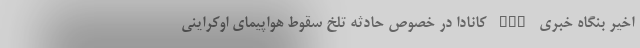
اخیر بنگاه خبری CBC کانادا در خصوص حادثه تلخ سقوط هواپیمای اوکراینی